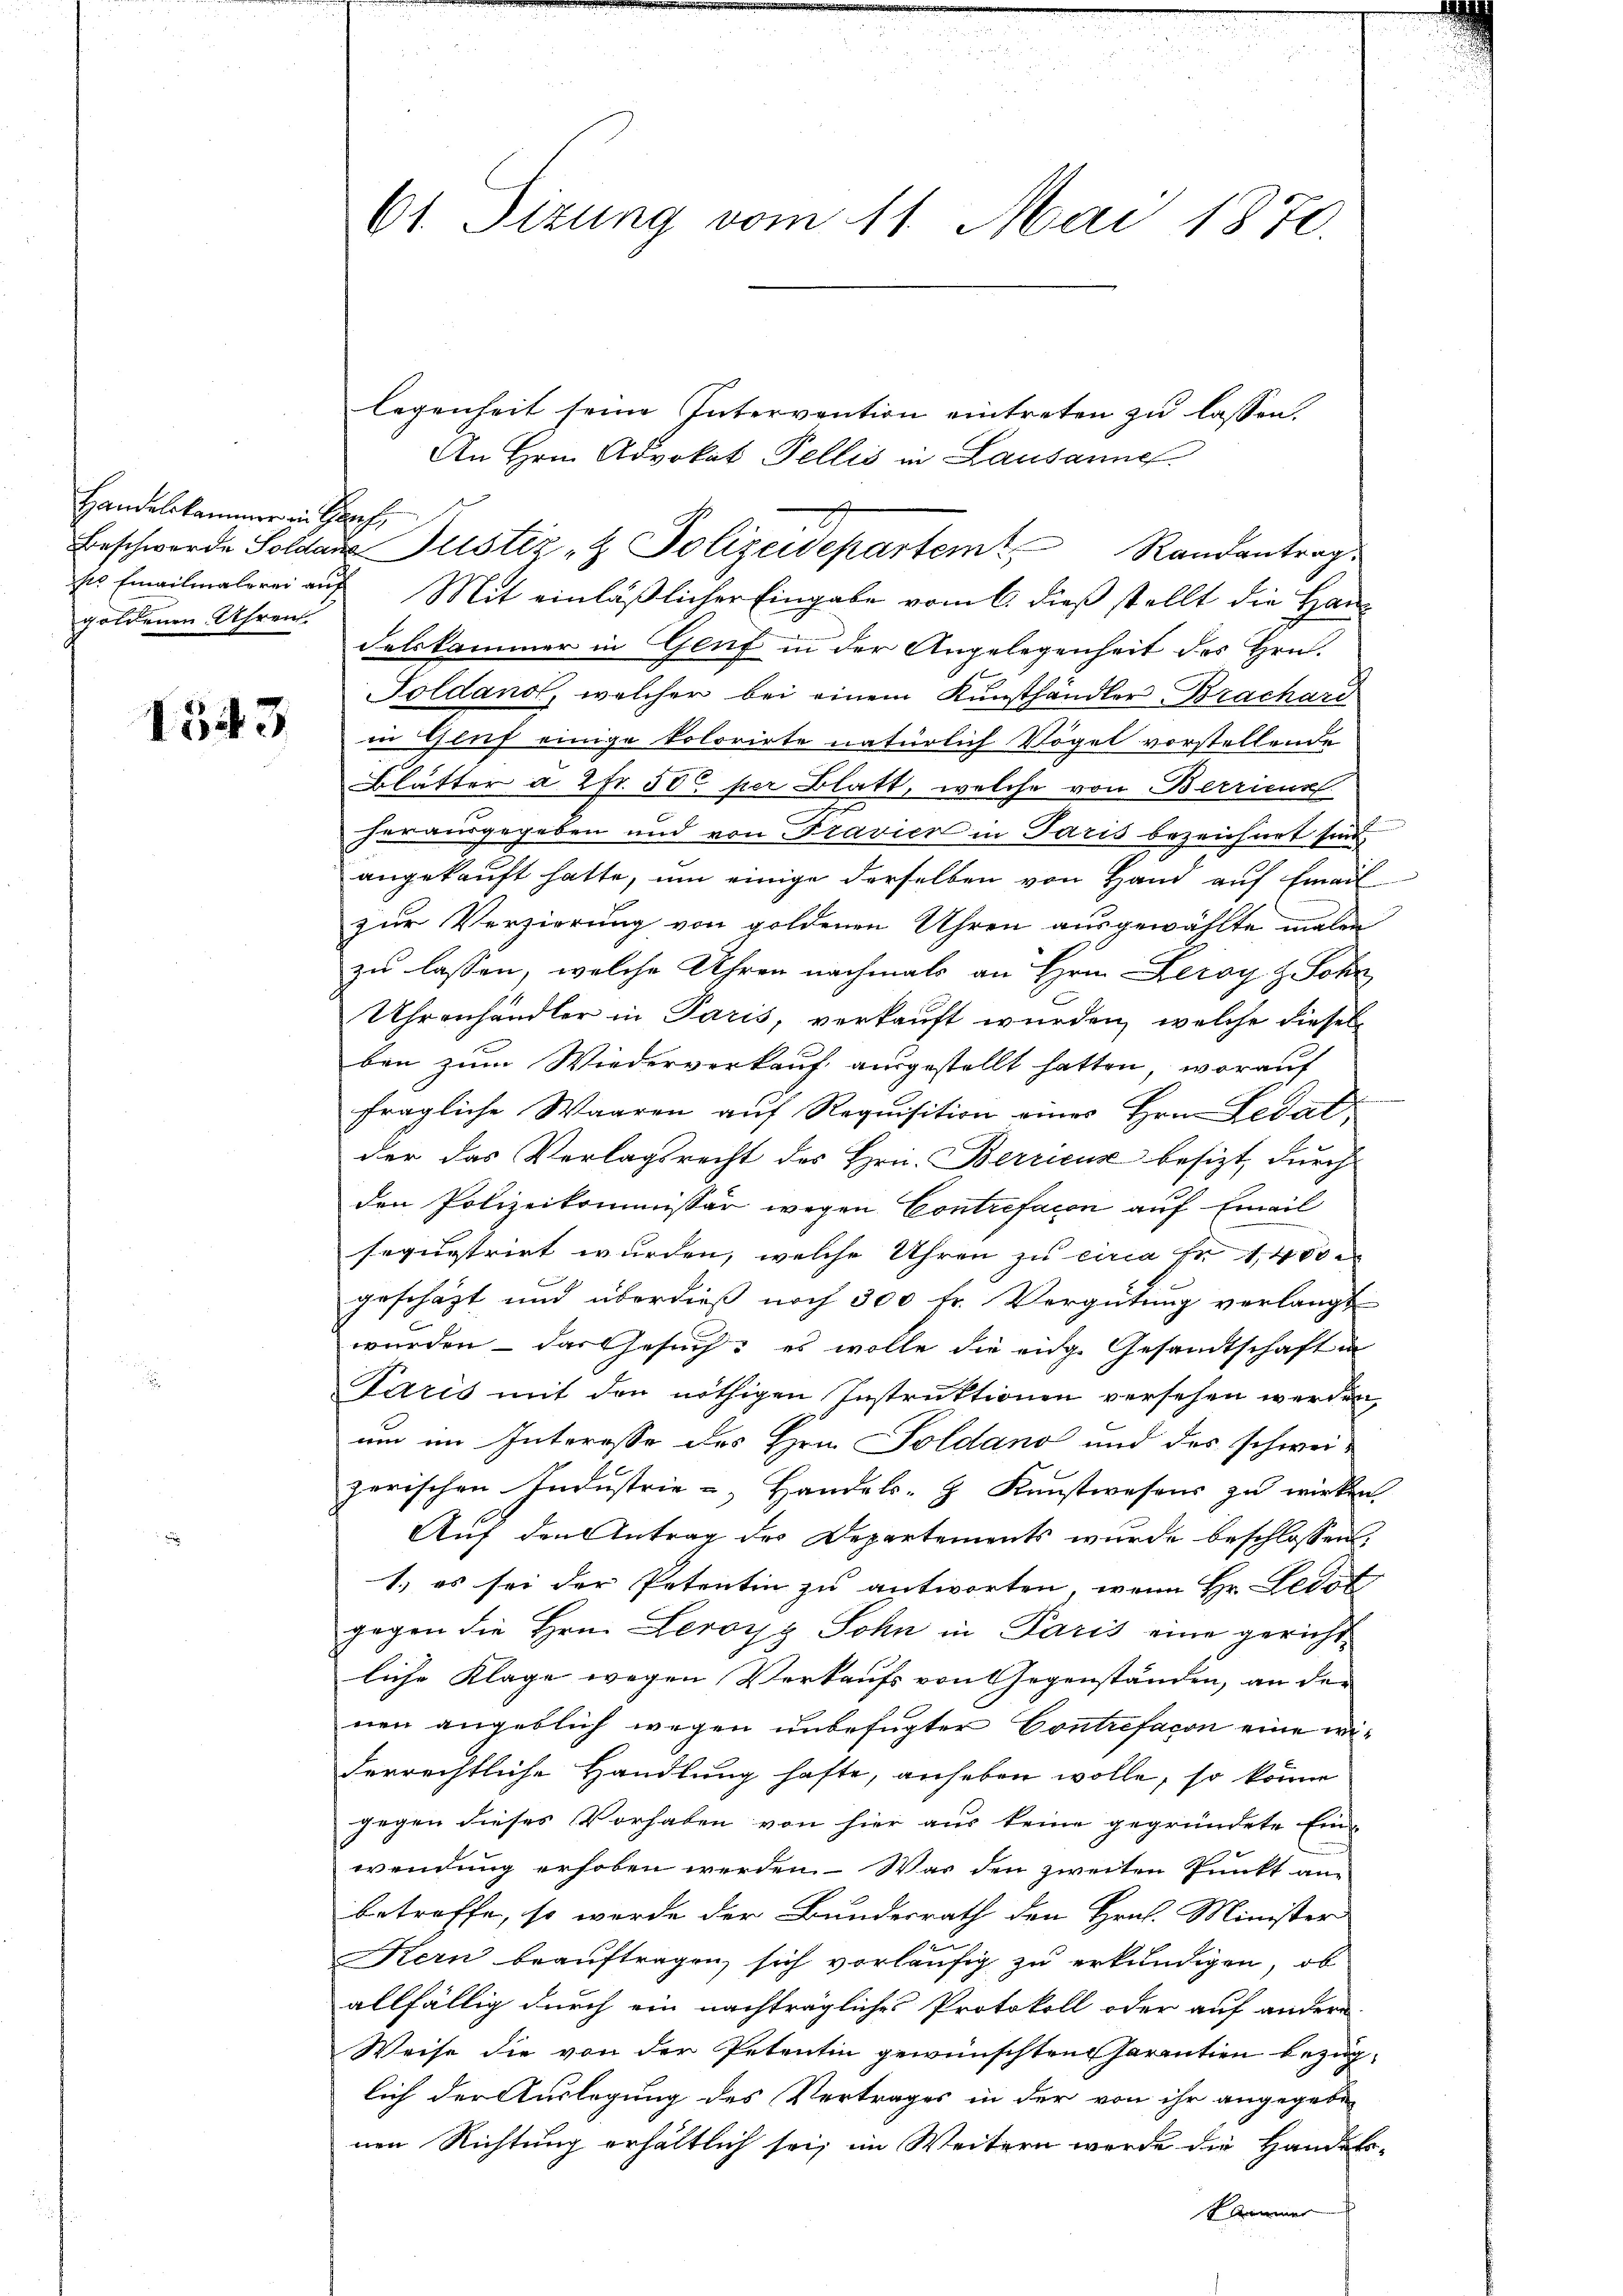
Handelskammer in Hanf,
goldenen Uhren

1543

61 Sizung vom 11. Mai 1870.

legenheit seine Intervention eintreten zu lassen,
An Hrn. Advokat Pellis in Lausanne
ses Emailmalerei auf Mit einläßlicher Eingabe vom 6. dieß stellt die Handelskammer in Genf in der Angelegenheit des Hrn.
Soldand, welcher bei einem Kunsthändler, Brachard
in Gluf einige kolorirte natürlich Vögel vorstellende
Blätter à 2fr. 50 per Blatt, welche von Berricus
herausgegeben und von Fravier in Paris bezeichnet sind.
angekauft hatte, um einige derselben von Hand auf Email
zur Verzierung von goldenen Uhren ausgewählte malen
zu lassen, welche Uhren nochmals an Hrn. Deroy z. Sohn,
Uhrenhändler in Paris, verkauft wurden, welche dieselben zum Wiederverkauf ausgestellt hatten, worauf
fragliche Waaren auf Requisition einer Hrn. Ledat
der das Verlagsrecht des Hrn. Berricus besizt, durch
den Polizeikommissär wegen Contrefacon auf Email
sequestrirt wurden, welche Uhren zu circa Fr. 1400 m
geschäzt und überdieß noch 300 fr. Vergütung verlangt
wurden – das Gesuch: es wolle die eidg. Gesandtschaft in
Paris mit den nöthigen Instruktionen versehen werden
um im Interesse des Hrn. Soldano und des schweizerischen Industrie - Handels- Kunstwesens zu wirken.
Auf den Antrag des Departements wurde beschlossen,
1.) es sei der Petentin zu antworten, wenn Hr. Eldot
gegen die Hrn. Lerorg Sohn in Paris eine gerichtliche Klage wegen Verkaufs von Gegenständen, an der
nen angeblich wegen unbefugter Contrefacon eine widerrechtliche Handlung hafte, anheben wolle, so könne
gegen dieses Vorhaben von hier aus keine gegründete Ein-
wendung erhoben werden. Was den zweiten Punkt an-
betreffe, so werde der Bundesrath den Hrn. Minister
Kern beauftragen, sich vorläufig zu erkundigen, ob
allfällig durch ein nachträgliches Protokoll oder auf andern
Weise die von der Petentin gewünschten Parention bezüg-
lich der Auslegung des Vertrages in der von ihr angegebe
nen Richtung erhältlich sei, im Weitern werde die Handels-
Sammer

Beschwerde Soldaus Justiz- & Polizeidepartem Randantrag